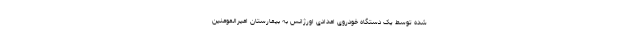
شده توسط یک دستگاه خودروی امدادی اورژانس به بیمارستان امیرالمومنین